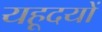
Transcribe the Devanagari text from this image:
यहूदयों